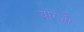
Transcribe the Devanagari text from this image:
यांग्ज़ी